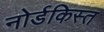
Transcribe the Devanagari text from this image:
नोर्डकिस्त